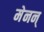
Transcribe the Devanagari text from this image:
मेनन्